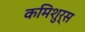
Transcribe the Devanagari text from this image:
कमिशुर्स